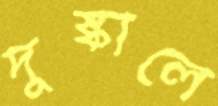
দুষ্কালে